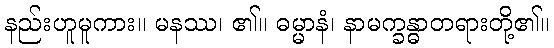
နည်းဟူမူကား။ မနဿ၊ ၏။ ဓမ္မာနံ၊ နာမက္ခန္ဓာတရားတို့၏။